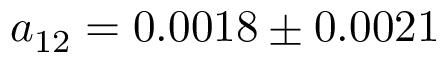
a _ { 1 2 } = 0 . 0 0 1 8 \pm 0 . 0 0 2 1